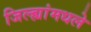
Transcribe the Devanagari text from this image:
जिल्ह्यांमधले